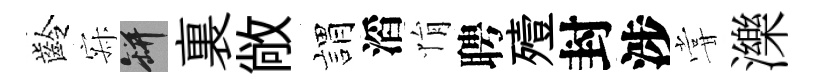
齡寂瓶裏敞娟滔悁聘殪封涉甞濼